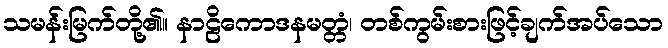
သမန်းမြက်တို့၏။ နာဠိကောဒနမတ္တံ၊ တစ်ကွမ်းစားဖြင့်ချက်အပ်သော